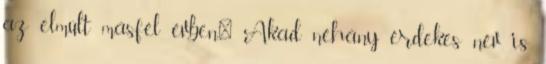
az elmúlt másfél évben." Akad néhány érdekes név is